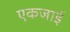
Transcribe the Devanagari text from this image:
एकजाई